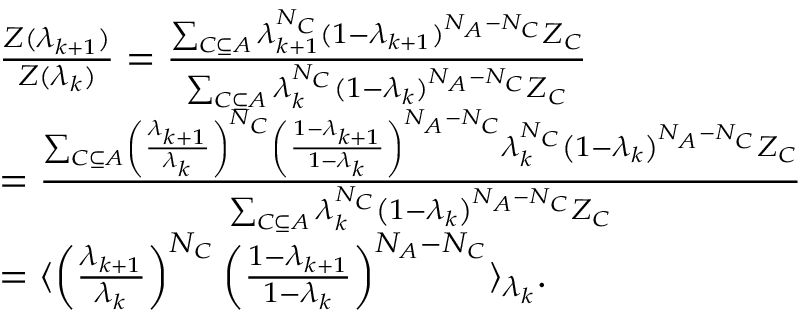
\begin{array} { r l } & { \frac { Z ( \lambda _ { k + 1 } ) } { Z ( \lambda _ { k } ) } = \frac { \sum _ { C \subseteq A } \lambda _ { k + 1 } ^ { N _ { C } } ( 1 - \lambda _ { k + 1 } ) ^ { N _ { A } - N _ { C } } Z _ { C } } { \sum _ { C \subseteq A } \lambda _ { k } ^ { N _ { C } } ( 1 - \lambda _ { k } ) ^ { N _ { A } - N _ { C } } Z _ { C } } } \\ & { = \frac { \sum _ { C \subseteq A } \left( \frac { \lambda _ { k + 1 } } { \lambda _ { k } } \right) ^ { N _ { C } } \left( \frac { 1 - \lambda _ { k + 1 } } { 1 - \lambda _ { k } } \right) ^ { N _ { A } - N _ { C } } \lambda _ { k } ^ { N _ { C } } \left( 1 - \lambda _ { k } \right) ^ { N _ { A } - N _ { C } } Z _ { C } } { \sum _ { C \subseteq A } \lambda _ { k } ^ { N _ { C } } \left( 1 - \lambda _ { k } \right) ^ { N _ { A } - N _ { C } } Z _ { C } } } \\ & { = \langle \left( \frac { \lambda _ { k + 1 } } { \lambda _ { k } } \right) ^ { N _ { C } } \left( \frac { 1 - \lambda _ { k + 1 } } { 1 - \lambda _ { k } } \right) ^ { N _ { A } - N _ { C } } \rangle _ { \lambda _ { k } } . } \end{array}